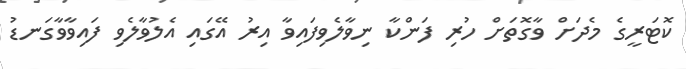
ކޮޓަރީގެ މެދަށް ވާގޮތަށް ހުރި ފަންކާ ނިވާލެވިފައިވާ އިރު އޭގައި އެލުވާލެވި ފައިވާވާގަނޑު